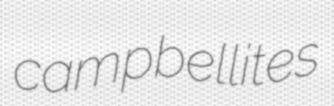
campbellites